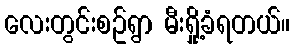
လေးတွင်းစဥ်ရွာ မီးရှို့ခံရတယ်။